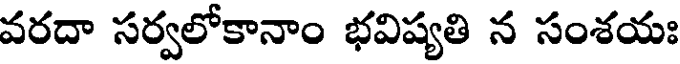
వరదా సర్వలోకానాం భవిష్యతి న సంశయః